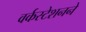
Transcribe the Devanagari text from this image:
वर्कस्टेशनने